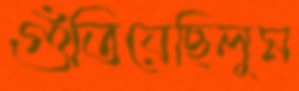
গুঁতিয়েছিলুম